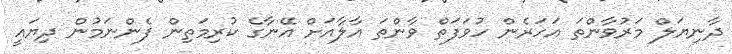
ދާނިޔަލް މަރުވާންތަ އަހަރެން ހުވަފަތް ވާންތަ އާލާއަށް އޭނާގެ ކުރިމަތިން ފެންނަމުން ދިޔައީ